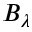
B _ { \lambda }